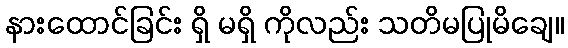
နားထောင်ခြင်း ရှိ မရှိ ကိုလည်း သတိမပြုမိချေ။